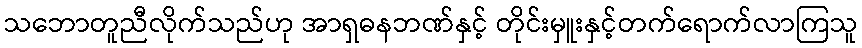
သဘောတူညီလိုက်သည်ဟု အာရှဓနဘဏ်နှင့် တိုင်းမှူးနှင့်တက်ရောက်လာကြသူ